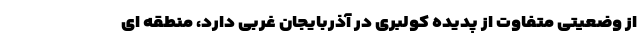
از وضعیتی متفاوت از پدیده کولبری در آذربایجان غربی دارد، منطقه ای